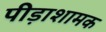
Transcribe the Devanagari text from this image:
पीड़ाशामक